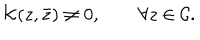
{ \cal K } ( z , \bar { z } ) \neq 0 , \qquad \forall z \in { \cal C } .